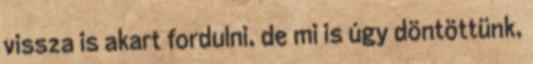
vissza is akart fordulni, de mi is úgy döntöttünk,